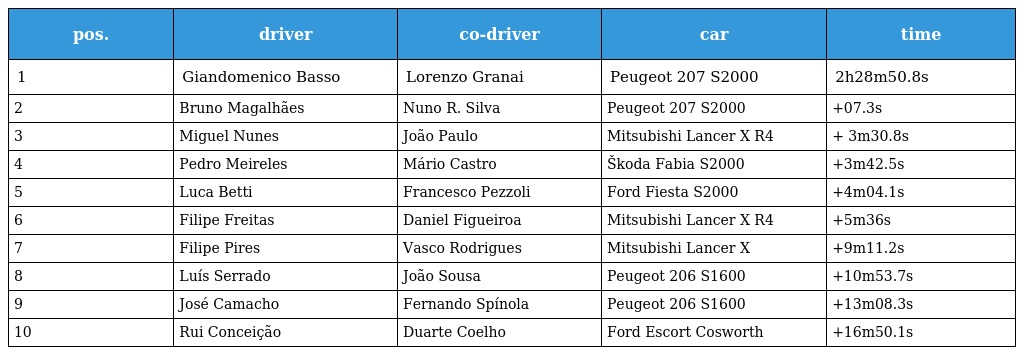
| pos. | driver | co-driver | car | time |
 | --- | --- | --- | --- | --- |
 | 1 | Giandomenico Basso | Lorenzo Granai | Peugeot 207 S2000 | 2h28m50.8s |
 | 2 | Bruno Magalhães | Nuno R. Silva | Peugeot 207 S2000 | +07.3s |
 | 3 | Miguel Nunes | João Paulo | Mitsubishi Lancer X R4 | + 3m30.8s |
 | 4 | Pedro Meireles | Mário Castro | Škoda Fabia S2000 | +3m42.5s |
 | 5 | Luca Betti | Francesco Pezzoli | Ford Fiesta S2000 | +4m04.1s |
 | 6 | Filipe Freitas | Daniel Figueiroa | Mitsubishi Lancer X R4 | +5m36s |
 | 7 | Filipe Pires | Vasco Rodrigues | Mitsubishi Lancer X | +9m11.2s |
 | 8 | Luís Serrado | João Sousa | Peugeot 206 S1600 | +10m53.7s |
 | 9 | José Camacho | Fernando Spínola | Peugeot 206 S1600 | +13m08.3s |
 | 10 | Rui Conceição | Duarte Coelho | Ford Escort Cosworth | +16m50.1s |